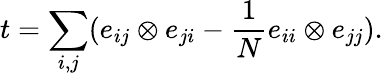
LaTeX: t=\sum_{i,j}(e_{ij}\otimes e_{ji}-\frac 1Ne_{ii}\otimes e_{jj}).